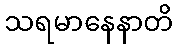
သရမာနေနာတိ